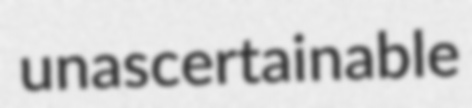
unascertainable